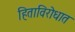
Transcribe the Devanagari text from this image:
हिताविरोधात